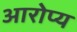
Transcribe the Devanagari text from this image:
आरोप्य